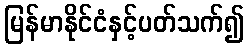
မြန်မာနိုင်ငံနှင့်ပတ်သက်၍